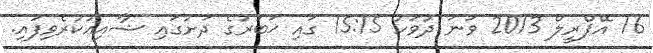
16 އޭޕްރީލް 2013 ވަނަ ދުވަހު 15:15 ގައި ޚަބަރުގެ ދަށުގައި ޝާއިޢުކުރެވިފައި.